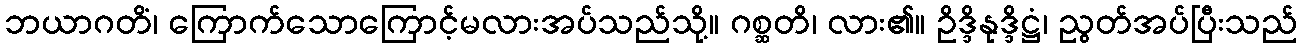
ဘယာဂတိံ၊ ကြောက်သောကြောင့်မလားအပ်သည်သို့။ ဂစ္ဆတိ၊ လား၏။ ဥိဒ္ဒိနုဒ္ဒိဋ္ဌံ၊ ညွတ်အပ်ပြီးသည်